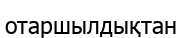
отаршылдықтан